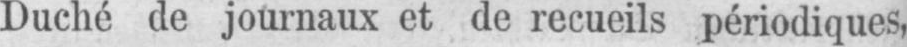
Duché de journaux et de recueils périodiques,